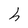
Character: h